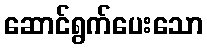
ဆောင်ရွက်ပေးသော